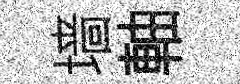
墙軸